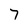
Character: 7